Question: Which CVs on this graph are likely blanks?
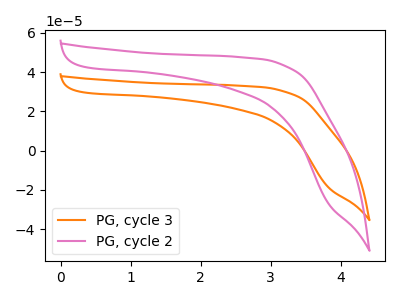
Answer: <think>The orange curve "PG, cycle 3" has no peaks. The pink curve "PG, cycle 2" has no peaks.</think>
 <answer>"PG, cycle 3" and "PG, cycle 2" are likely to be blanks.</answer>
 <eval>"PG, cycle 3", "PG, cycle 2"</eval>